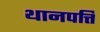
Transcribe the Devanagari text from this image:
थानपत्ति